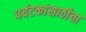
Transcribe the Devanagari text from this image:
पर्यटकांसाठीचा